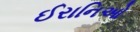
ઈરાનિઓ